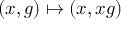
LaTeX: ( x , g ) \mapsto ( x , x g )